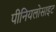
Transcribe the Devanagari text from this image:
पीनियलोसाइट